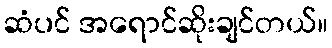
ဆံပင် အရောင်ဆိုးချင်တယ်။